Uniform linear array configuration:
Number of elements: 12
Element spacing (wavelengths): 0.5
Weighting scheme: cosine
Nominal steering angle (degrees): -60
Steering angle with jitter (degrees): -61.186
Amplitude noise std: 0.05
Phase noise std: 0.05

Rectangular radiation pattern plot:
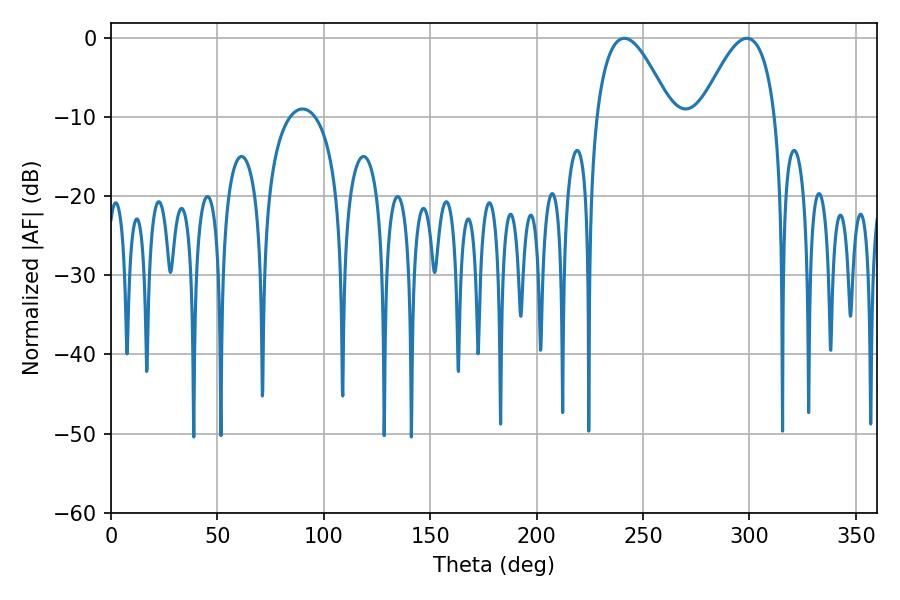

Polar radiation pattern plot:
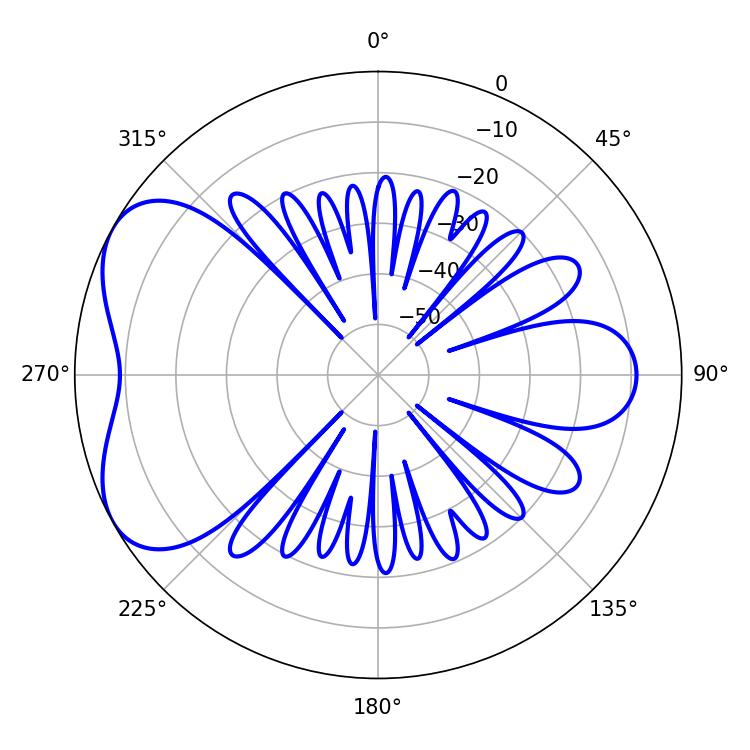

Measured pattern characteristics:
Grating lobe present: FALSE
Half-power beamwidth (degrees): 19.26
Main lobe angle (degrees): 241.2